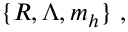
\{ R , \Lambda , m _ { h } \} \ ,